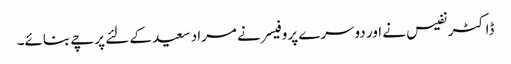
ڈاکٹر نفیس نے اور دوسرے پروفیسر نے مراد سعید کے لئے پرچے بنائے۔